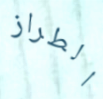
الطراز